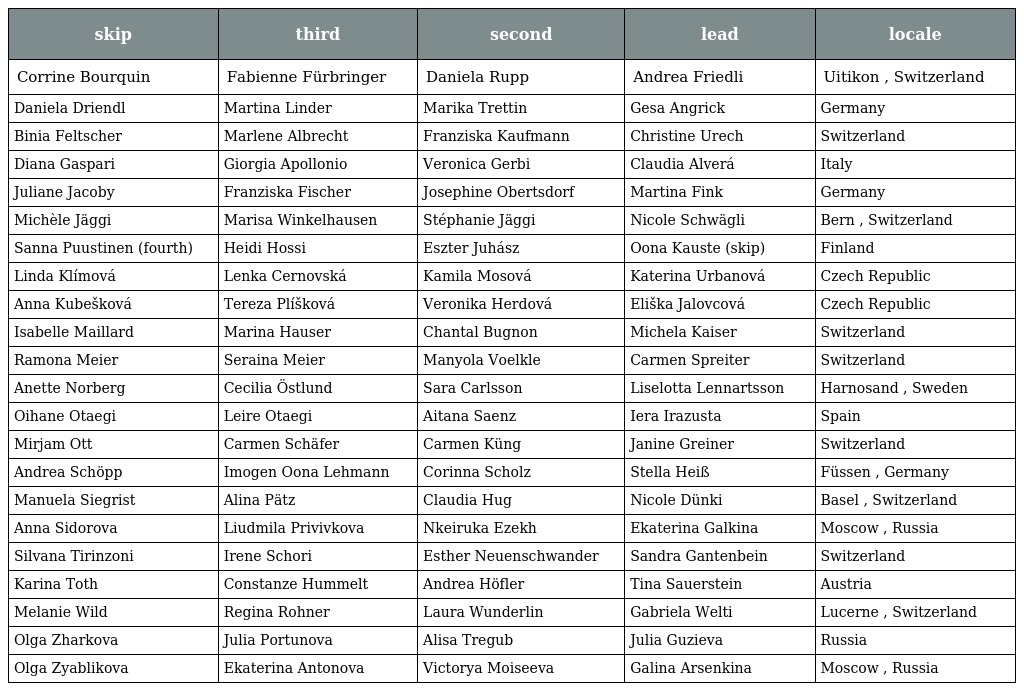
| skip | third | second | lead | locale |
 | --- | --- | --- | --- | --- |
 | Corrine Bourquin | Fabienne Fürbringer | Daniela Rupp | Andrea Friedli | Uitikon , Switzerland |
 | Daniela Driendl | Martina Linder | Marika Trettin | Gesa Angrick | Germany |
 | Binia Feltscher | Marlene Albrecht | Franziska Kaufmann | Christine Urech | Switzerland |
 | Diana Gaspari | Giorgia Apollonio | Veronica Gerbi | Claudia Alverá | Italy |
 | Juliane Jacoby | Franziska Fischer | Josephine Obertsdorf | Martina Fink | Germany |
 | Michèle Jäggi | Marisa Winkelhausen | Stéphanie Jäggi | Nicole Schwägli | Bern , Switzerland |
 | Sanna Puustinen (fourth) | Heidi Hossi | Eszter Juhász | Oona Kauste (skip) | Finland |
 | Linda Klímová | Lenka Cernovská | Kamila Mosová | Katerina Urbanová | Czech Republic |
 | Anna Kubešková | Tereza Plíšková | Veronika Herdová | Eliška Jalovcová | Czech Republic |
 | Isabelle Maillard | Marina Hauser | Chantal Bugnon | Michela Kaiser | Switzerland |
 | Ramona Meier | Seraina Meier | Manyola Voelkle | Carmen Spreiter | Switzerland |
 | Anette Norberg | Cecilia Östlund | Sara Carlsson | Liselotta Lennartsson | Harnosand , Sweden |
 | Oihane Otaegi | Leire Otaegi | Aitana Saenz | Iera Irazusta | Spain |
 | Mirjam Ott | Carmen Schäfer | Carmen Küng | Janine Greiner | Switzerland |
 | Andrea Schöpp | Imogen Oona Lehmann | Corinna Scholz | Stella Heiß | Füssen , Germany |
 | Manuela Siegrist | Alina Pätz | Claudia Hug | Nicole Dünki | Basel , Switzerland |
 | Anna Sidorova | Liudmila Privivkova | Nkeiruka Ezekh | Ekaterina Galkina | Moscow , Russia |
 | Silvana Tirinzoni | Irene Schori | Esther Neuenschwander | Sandra Gantenbein | Switzerland |
 | Karina Toth | Constanze Hummelt | Andrea Höfler | Tina Sauerstein | Austria |
 | Melanie Wild | Regina Rohner | Laura Wunderlin | Gabriela Welti | Lucerne , Switzerland |
 | Olga Zharkova | Julia Portunova | Alisa Tregub | Julia Guzieva | Russia |
 | Olga Zyablikova | Ekaterina Antonova | Victorya Moiseeva | Galina Arsenkina | Moscow , Russia |